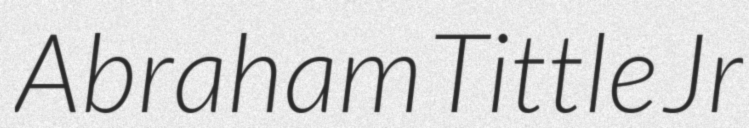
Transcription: Abraham Tittle Jr